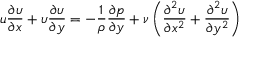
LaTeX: u { \frac { \partial \upsilon } { \partial x } } + \upsilon { \frac { \partial \upsilon } { \partial y } } = - { \frac { 1 } { \rho } } { \frac { \partial p } { \partial y } } + { \nu } \left( { \frac { \partial ^ { 2 } \upsilon } { \partial x ^ { 2 } } } + { \frac { \partial ^ { 2 } \upsilon } { \partial y ^ { 2 } } } \right)